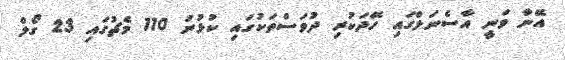
އޭނާ ވަނީ އާސެނަލްގައި ހޭދަކުރި ދުވަސްތަކުގައި ކުޅުނު 110 މެޗުގައި 23 ގޯލް